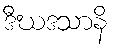
ဒီဃဒသာနိ